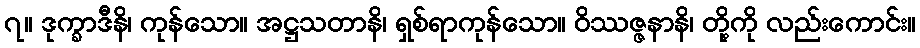
၇။ ဒုက္ခာဒီနိ၊ ကုန်သော။ အဋ္ဌသတာနိ၊ ရှစ်ရာကုန်သော။ ဝိဿဇ္ဇနာနိ၊ တို့ကို လည်းကောင်း။